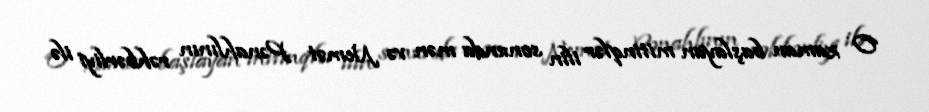
O zaman başlayan mitinqlər ilin sonunda mən və Nemət Pənahlının rəhbərliyi ilə